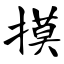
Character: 摸